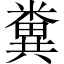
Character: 糞